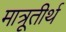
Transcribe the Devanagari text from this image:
मात्रूतीर्थ